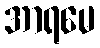
အာရမေ